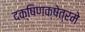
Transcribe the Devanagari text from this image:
दक्षिणक्षेत्रमे